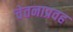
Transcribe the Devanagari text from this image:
चेतनाप्रवह